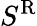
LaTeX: S^{\mathrm{R}}